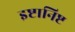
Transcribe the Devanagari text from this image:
इष्टानिष्ट